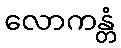
လောကန္တံ